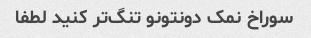
سوراخ نمک دونتونو تنگ‌تر کنید لطفا